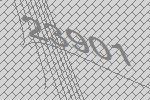
23901